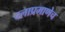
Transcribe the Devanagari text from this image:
दलाप्रमाणेच